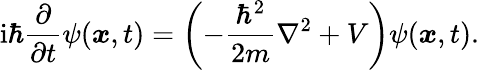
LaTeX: \mathrm{i}\hbar\frac{\partial}{\partial t}\psi(\boldsymbol{x},t)=\left(-\frac{\hbar^{2}}{2m}\nabla^{2}+V\right)\psi(\boldsymbol{x},t).